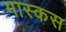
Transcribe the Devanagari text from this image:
मास्कस